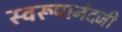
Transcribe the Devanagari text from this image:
स्वरूपानंदजी